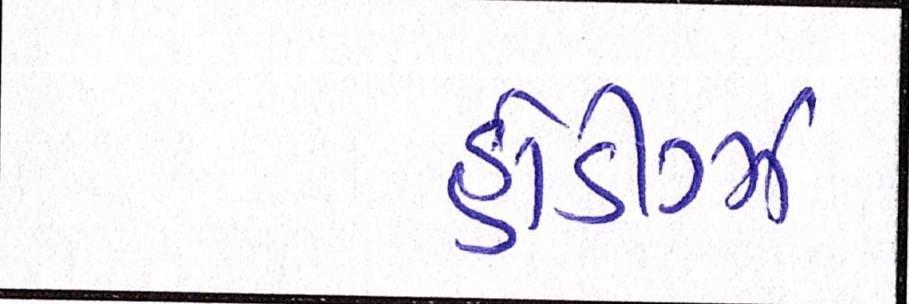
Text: હોડીગ્ઝ